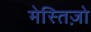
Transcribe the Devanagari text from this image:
मेस्तिज़ो